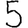
Digit: 5